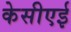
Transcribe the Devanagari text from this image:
केसीएई